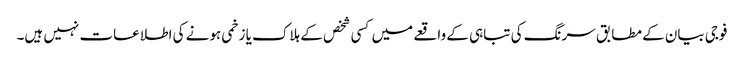
فوجی بیان کے مطابق سرنگ کی تباہی کے واقعے میں کسی شخص کے ہلاک یا زخمی ہونے کی اطلاعات نہیں ہیں۔